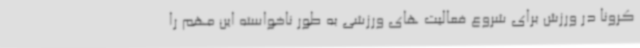
کرونا در ورزش برای شروع فعالیت های ورزشی به طور ناخواسته این مهم را